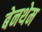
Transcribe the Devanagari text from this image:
बेनथेम